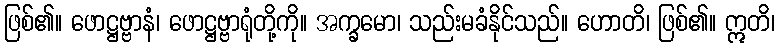
ဖြစ်၏။ ဖောဋ္ဌဗ္ဗာနံ၊ ဖောဋ္ဌဗ္ဗာရုံတို့ကို။ အက္ခမော၊ သည်းမခံနိုင်သည်။ ဟောတိ၊ ဖြစ်၏။ ဣတိ၊